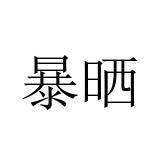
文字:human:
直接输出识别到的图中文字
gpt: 暴晒